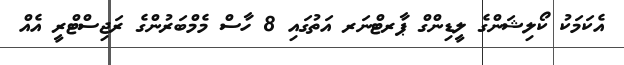
އެކަމަކު ކޯލިޝަންގެ ލީޑިންގް ޕާރޓްނަރ އަތުގައި 8 ހާސް މެމްބަރުންގެ ރަޖިސްޓްރީ އެއް